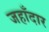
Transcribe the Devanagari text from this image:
जहाँदार